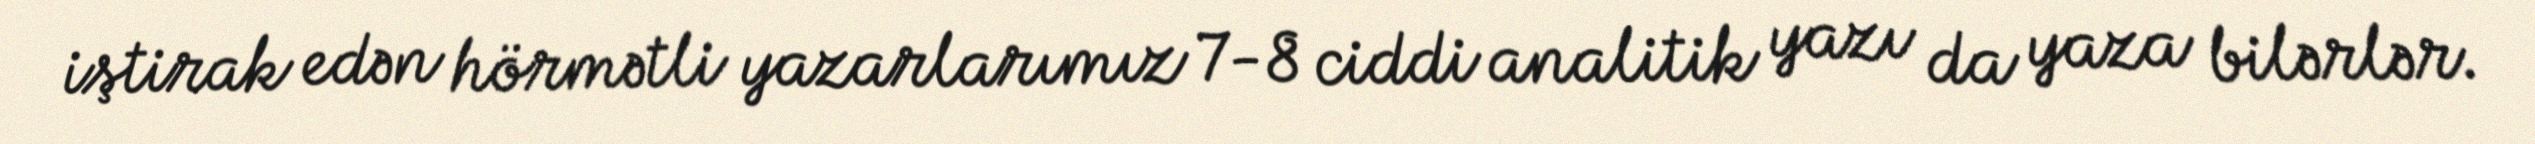
iştirak edən hörmətli yazarlarımız 7-8 ciddi analitik yazı da yaza bilərlər.